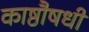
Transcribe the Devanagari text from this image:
काष्ठौषधी